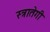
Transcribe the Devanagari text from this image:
स्त्रातेगी